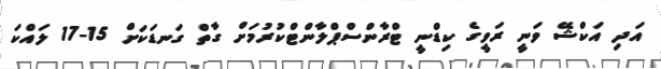
އަދި އަކްޝޭ ވަނީ ރަވީގެ ކިޑްނީ ޓްރާންސްޕްލާންޓްކުރުމަށް ގާތް ގަނޑަކަށް 15-17 ލައްކަ